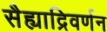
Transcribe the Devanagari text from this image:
सैह्याद्रिवर्णन